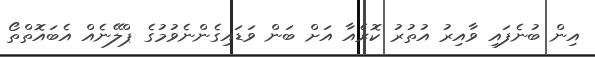
އިން ބުނެފައި ވާއިރު އުތުރު ކޮރެއާ އަށް ބަން ވަޑައިގެންނެވުމުގެ ޕްލޭނެއް އެބައޮތްތޯ